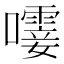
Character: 𫬝